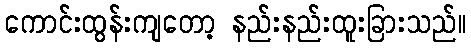
ကောင်းထွန်းကျတော့ နည်းနည်းထူးခြားသည်။